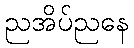
ညအိပ်ညနေ